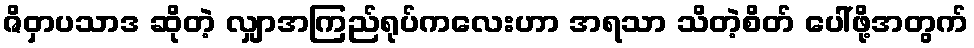
ဇိဝှာပသာဒ ဆိုတဲ့ လျှာအကြည်ရုပ်ကလေးဟာ အရသာ သိတဲ့စိတ် ပေါ်ဖို့အတွက်